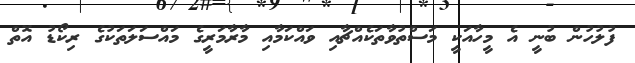
ފުލުހުން ބުނީ އެ މީހާއަކީ މަސްތުވާތަކެއްޗާއި ވައްކަމާއި މާރާމަރީގެ މައްސަލަތަކުގެ ރިކޯޑު އޮތް